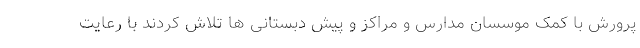
پرورش با کمک موسسان مدارس و مراکز و پیش دبستانی ها تلاش کردند با رعایت